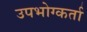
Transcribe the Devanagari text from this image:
उपभोग्कर्ता